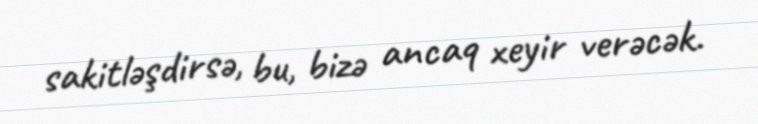
sakitləşdirsə, bu, bizə ancaq xeyir verəcək.